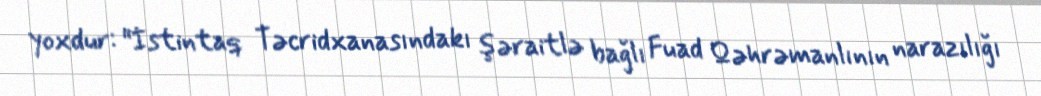
yoxdur: "İstintaq Təcridxanasındakı şəraitlə bağlı Fuad Qəhrəmanlının narazılığı